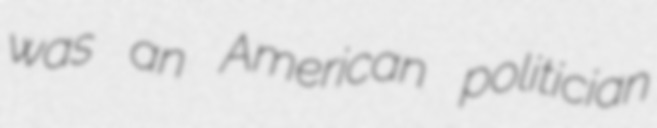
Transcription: was an American politician